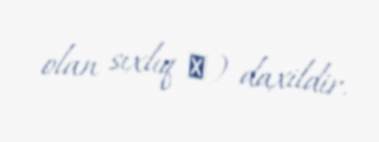
olan sıxlıq ρ) daxildir.